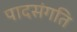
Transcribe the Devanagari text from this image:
पादसंगति